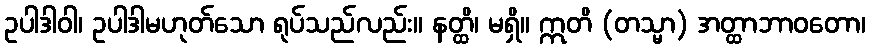
ဥပါဒါဝါ၊ ဥပါဒါမဟုတ်သော ရုပ်သည်လည်း။ နတ္ထိ၊ မရှိ။ ဣတိ (တသ္မာ) အတ္ထာဘာဝတော၊